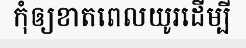
កុំឲ្យខាតពេលយូរដើម្បី